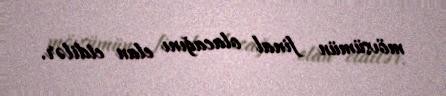
mövsümün final olacağını elan etdilər.